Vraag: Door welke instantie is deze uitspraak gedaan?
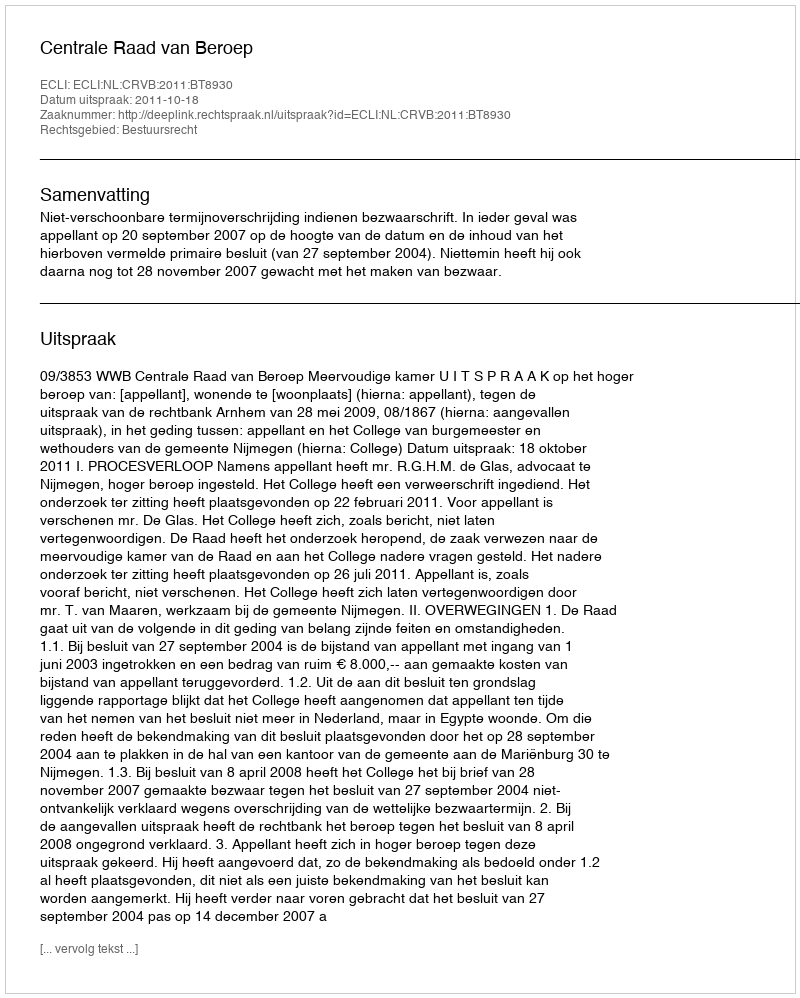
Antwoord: Centrale Raad van Beroep